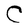
Character: C